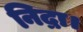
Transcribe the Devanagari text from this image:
निद्रा।